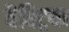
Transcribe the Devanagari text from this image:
वैक्ट्रिया